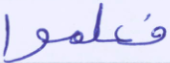
فعلموا